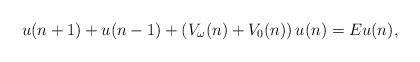
LaTeX: \begin{align*} u(n+1)+u(n-1)+\left(V_\omega(n)+V_0(n)\right)u(n)=Eu(n),\end{align*}